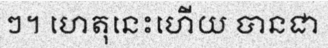
ៗ។ ហេតុនេះហើយ បានជា